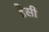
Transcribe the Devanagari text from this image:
डैंसी